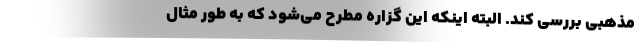
مذهبی بررسی کند. البته اینکه این گزاره مطرح می‌شود که به طور مثال